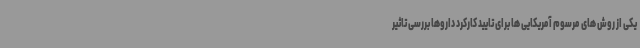
یکی از روش های مرسوم آمریکایی ها برای تایید کارکرد داروها بررسی تاثیر